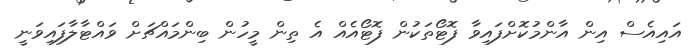
އައިއެސް އިން އާންމުކޮށްފައިވާ ފޮޓޯތަކުން ފޮޓޯއެއް އެ ތިން މީހުން ބިންމައްޗަށް ވައްޓާލާފައިވަނީ